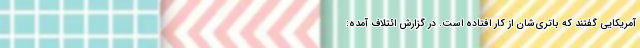
آمریکایی گفتند که باتری‌شان از کار افتاده است. در گزارش ائتلاف آمده: